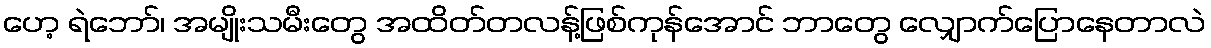
ဟေ့ ရဲဘော်၊ အမျိုးသမီးတွေ အထိတ်တလန့်ဖြစ်ကုန်အောင် ဘာတွေ လျှောက်ပြောနေတာလဲ